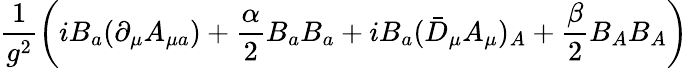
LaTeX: \frac{1}{g^{2}}\left(iB_{a}(\partial_{\mu}A_{\mu a})+\frac{\alpha}{2}B_{a}B_{a}+iB_{a}(\bar{D}_{\mu}A_{\mu})_{A}+\frac{\beta}{2}B_{A}B_{A}\right)